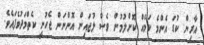
އާރިން ކުޑަ އެންމެ ކަމެއް ކޮށްލުމުން ވެސް ލުޖައިން އޮންނަން ޖެހުނީ ކެތްމަދުވެފައެވެ.